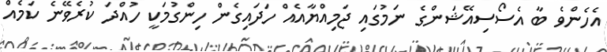
އެހެންވެ ބާ އެސޯސިއޭޝަންގެ ނަމުގައި ޖަމިއްޔާއެއް ހަދައިގެން ހިންގުމަކީ ހުއްދަ ކުރެވޭނެ ކަމެއް